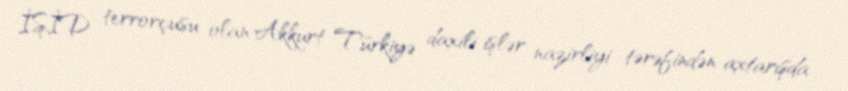
İŞİD terrorçusu olan Akkurt Türkiyə daxili işlər nazirliyi tərəfindən axtarışda